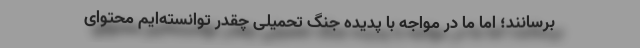
برسانند؛ اما ما در مواجه با پدیده جنگ تحمیلی چقدر توانسته‌ایم محتوای